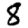
Digit: 8